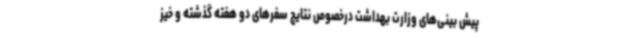
پیش بینی‌های وزارت بهداشت درخصوص نتایج سفرهای دو هفته گذشته و خیز